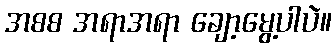
အစစ အရာအရာ ချော့မွေ့ပါပဲ။